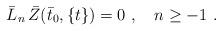
LaTeX: \begin{align*}{\bar L}_n \, {\bar Z}({\bar t}_0, \{t\}) = 0 \ , \quad n\ge -1\ .\end{align*}